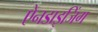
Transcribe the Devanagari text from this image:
ऐनडाइजिंग